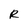
Character: R